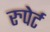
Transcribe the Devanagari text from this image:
रुपेर्ट